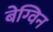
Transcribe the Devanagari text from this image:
बेग्विन